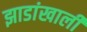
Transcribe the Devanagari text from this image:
झाडांखाली